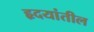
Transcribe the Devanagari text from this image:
हृदयांतील